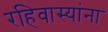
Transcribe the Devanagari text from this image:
रहिवास्यांना